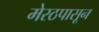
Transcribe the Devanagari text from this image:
मेरठपासून